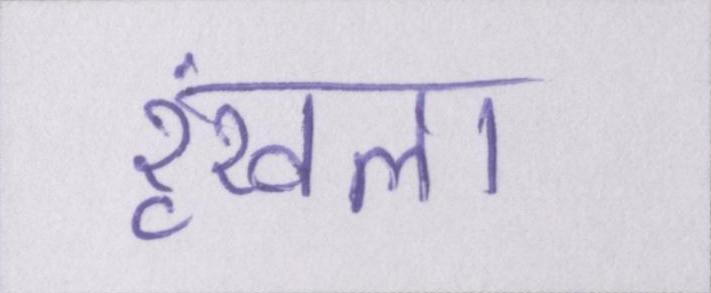
रॄंखला